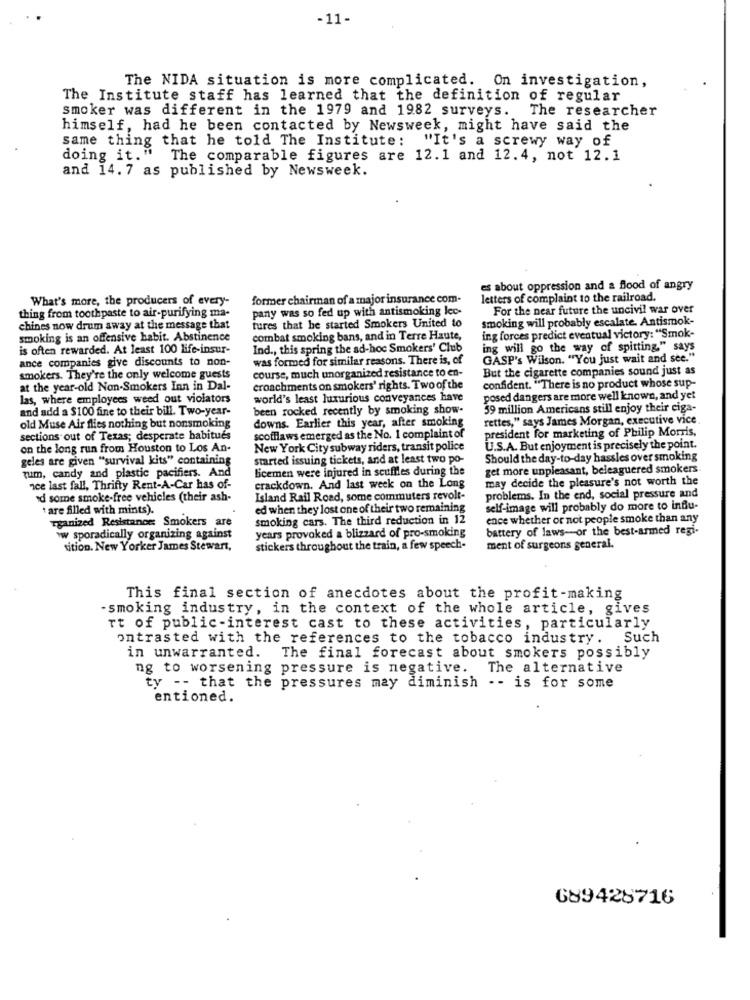
-11-
The NIDA situation is more complicated. On investigation,
The Institute staff has learned that the definition of regular
smoker was different in the 1979 and 1982 surveys. The researcher
himself, had he been contacted by Newsweek, might have said the
same thing that he told The Institute: "It's a screwy way of
doing it." The comparable figures are 12.1 and 12.4, not 12.1
and 14.7 as published by Newsweek.
es about oppression and a Blood of angry
What's more, the producers of every-
former chairman of a major insurance com-
letters of complaint to the railroad.
thing from toothpaste to air-purifying ma-
pany was so fed up with antismoking lec-
For the near future the uncivil war over
tures that he started Smokers United to
smoking will probably escalate. Antismok-
chines now drum away at the message that
smoking is an offensive habit. Abstinence
combat smoking bans, and in Terre Haute,
ing forces predict eventual victory: "Smok-
is often rewarded. At least 100 life-insur-
Ind ., this spring the ad-hoc Smokers' Club
ing will go the way of spitting," says
ance companies give discounts to non-
was formed for similar reasons. There is, of
GASP's Wilson. "You just wait and see."
course, much unorganized resistance to en-
But the cigarette companies sound just as
smokers. They're the only welcome guests
confident. "There is no product whose sup-
at the year-old Non-Smokers Inn in Dal-
croachments on smokers' rights. Two of the
las, where employees weed out violators
world's least luxurious conveyances have
posed dangers are more well known, and yet
and add a $100 fine to their bill. Two-year-
been rocked recently by smoking show-
59 million Americans still enjoy their ciga-
downs. Earlier this year, after smoking
rettes," says James Morgan, executive vice
old Muse Air flies nothing but nonsmoking
president for marketing of Philip Morris,
sections out of Texas; desperate habitués
scofflaws emerged as the No. 1 complaint of
on the long run from Houston to Los An-
New York City subway riders, transit police
U.S.A. But enjoyment is precisely the point.
geles are given "survival kits" containing
started issuing tickets, and at least two po-
Should the day-to-day hassles over smoking
licemen were injured in scuffles during the
get more unpleasant, beleaguered smokers
tum, candy and plastic pacifiers. And
may decide the pleasure's not worth the
ice last fall, Thrifty Rent-A-Car has of-
crackdown. And last week on the Long
od some smoke-free vehicles (their ash-
Island Rail Road, some commuters revolt-
problems. In the end, social pressure and
* are filled with mints).
ed when they lost one of their two remaining
self-image will probably do more to influ-
rganized Resistance: Smokers are
smoking cars. The third reduction in 12
ence whether or not people smoke than any
battery of laws-or the best-armed regi-
ww sporadically organizing against
years provoked a blizzard of pro-smoking
sition. New Yorker James Stewart,
stickers throughout the train, a few speech-
ment of surgeons general.
This final section of anecdotes about the profit-making
-smoking industry, in the context of the whole article, gives
rt of public-interest cast to these activities, particularly
ontrasted with the references to the tobacco industry. Such
in unwarranted. The final forecast about smokers possibly
ng to worsening pressure is negative. The alternative
ty -- that the pressures may diminish -- is for some
entioned.
689428716